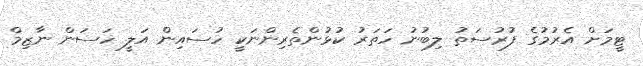
ޓީމަށް އެރުމުގެ ފުރުސަތު ލިބުނު ހަތަރު ކުޅުންތެރިންނަކީ ހުސައިން އަލީ ހަސަން ނާޒިމް